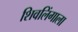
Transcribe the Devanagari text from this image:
शिवलिंगाला